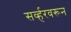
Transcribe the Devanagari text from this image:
सर्व्हरवरून